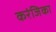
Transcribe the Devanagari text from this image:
करंजिका